system: You are a helpful assistant.
user:
Analyze the provided spectrum to determine if it is a **"Cataclysmic Variables (CV)"**.

- **Key Indicators for CV (Check for either state):**
    - **State 1: Quiescent / Low-State (Emission-Dominated)**
        - **(Primary):** Strong and *very broad* Hydrogen Balmer emission lines (e.g., $H\alpha$ at 6563 Å, $H\beta$ at 4861 Å). The 'broadness' (high velocity dispersion, often FWHM > 1000 km/s) is the key diagnostic, indicating a high-velocity accretion disk.
        - **(Secondary):** Broad neutral Helium (He I) emission lines (e.g., 5876 Å, 6678 Å).
        - **(Key Confirmation):** Presence of high-excitation *ionized* Helium (He II) emission at 4686 Å. This is a strong indicator of accretion onto a white dwarf.
        - **(Line Profile):** Emission lines may exhibit a 'double-peaked' profile, which is a classic signature of a rotating accretion disk viewed at high inclination.

    - **State 2: Outburst / High-State (Absorption-Dominated)**
        - **(Primary):** Spectrum is dominated by a bright, blue continuum (looks like a hot star).
        - **(Secondary):** The emission lines from State 1 are weak, absent, or 'filled in', and are replaced by broad, shallow *absorption* lines (primarily Balmer and He I).
        - **(Morphology):** The overall spectrum mimics a hot B/A-type star. The crucial difference is that the absorption lines are significantly broader, shallower, and more 'washed-out' (or 'smeared') than the sharp lines of a normal stellar photosphere, due to high rotational speeds and pressure broadening in the disk.

Think first, call **spectral_visualization_tool** if needed to examine features in detail, then provide your final answer. Your response must adhere to the following strict rules:
1.  **Overall Structure:** Your response must follow the format `<think>...</think> <tool_call>...</tool_call> (if a tool is used) <answer>...</answer>`.
2.  **Tool Usage Constraint:** You may only make **one** tool call per turn.
3.  **Final Answer Format:** In the `<answer>` tag, your conclusion must be inside a `\boxed{}` command (e.g., `\boxed{YES}`), followed by your justification.

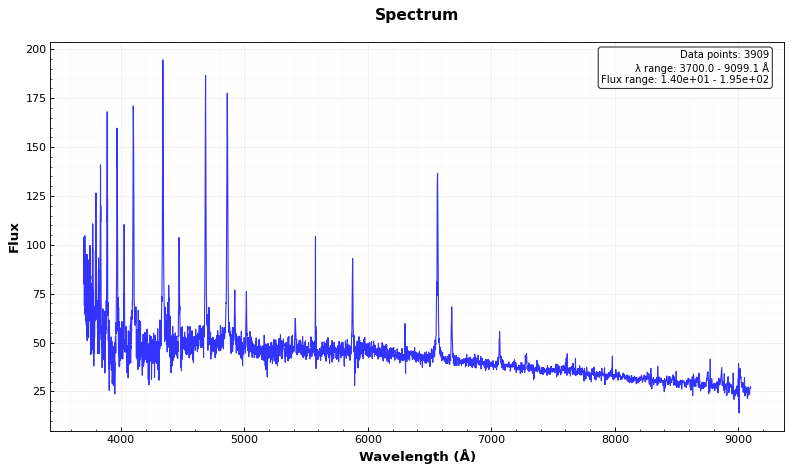
Answer: YES